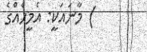
) މާނައަކީ: އެމީހެއްގެ